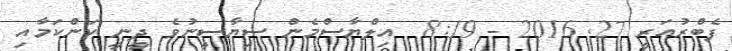
ފެބްރުއަރީ 27